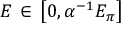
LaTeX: E \, \in \, \bigl [ 0 , \alpha ^ { - 1 } E _ { \pi } \bigr ]